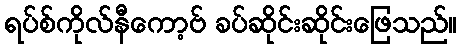
ရပ်စ်ကိုလ်နီကော့ဗ် ခပ်ဆိုင်းဆိုင်းဖြေသည်။